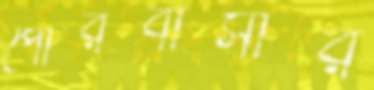
পৌরবাসীর